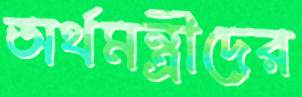
অর্থমন্ত্রীদের